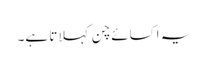
یہ اکسائے چن کہلاتا ہے۔